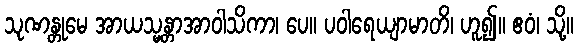
သုဏန္တုမေ အာယသ္မန္တာအာဝါသိကာ၊ ပေ။ ပဝါရေယျာမာတိ၊ ဟူ၍။ ဧဝံ၊ သို့။